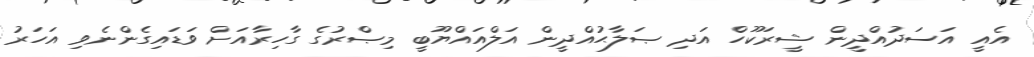
އެއީ އަސަދުއްދީން ޝީރަކޫހް އަދި ޞަލާޙުއްދީން އަލްއައްޔޫބީ މިޞްރުގެ ގާހިރާއަށް ވަޑައިގެންނެވި އަހަރު